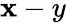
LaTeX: \mathbf{x}-y